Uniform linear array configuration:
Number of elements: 24
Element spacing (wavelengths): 1
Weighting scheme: uniform
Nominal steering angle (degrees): -60
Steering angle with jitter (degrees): -59.923
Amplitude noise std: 0.05
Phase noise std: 0.05

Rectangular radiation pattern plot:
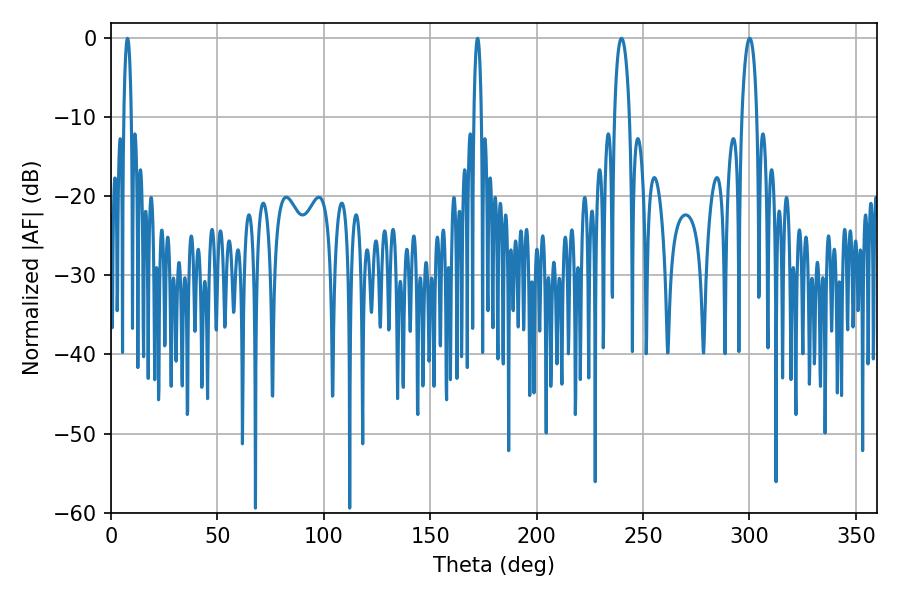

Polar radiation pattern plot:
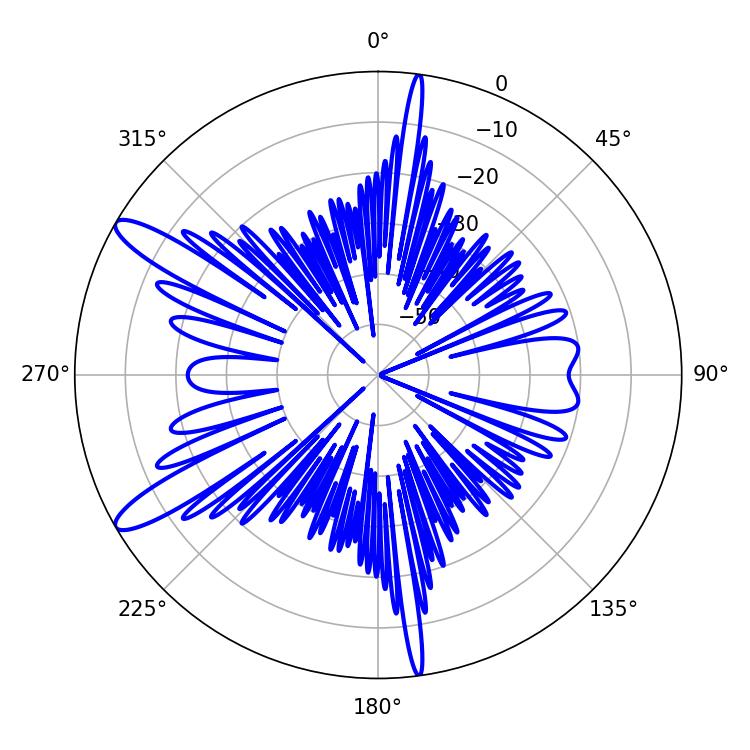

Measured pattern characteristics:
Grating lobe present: TRUE
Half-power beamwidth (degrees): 1.8
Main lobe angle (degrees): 7.74